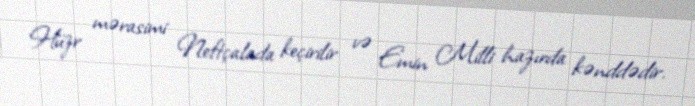
Hüzr mərasimi Neftçalada keçirilir və Emin Milli hazırda kənddədir.